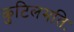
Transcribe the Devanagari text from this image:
कुटिलमतिः